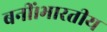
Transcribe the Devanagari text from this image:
बनीं।भारतीय